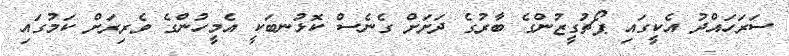
ސަރަހައްދު އެކީގައި ޕޯޗުގީޒުންގެ ބާރުގެ ދަށަށް ގެނެސް ކޮޅުނބަކީ އެމީހުންގެ ވެރިރަށް ކަމުގައި